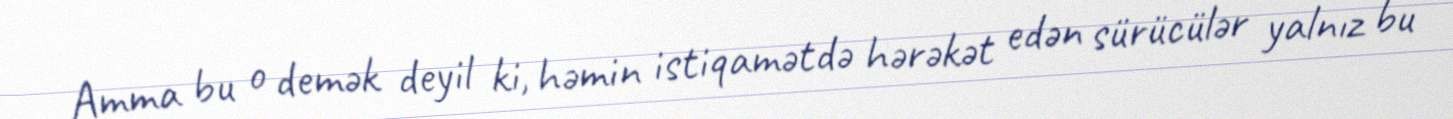
Amma bu o demək deyil ki, həmin istiqamətdə hərəkət edən sürücülər yalnız bu